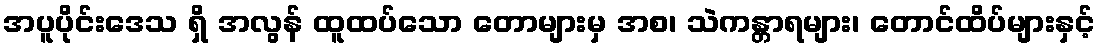
အပူပိုင်းဒေသ ရှိ အလွန် ထူထပ်သော တောများမှ အစ၊ သဲကန္တာရများ၊ တောင်ထိပ်များနှင့်